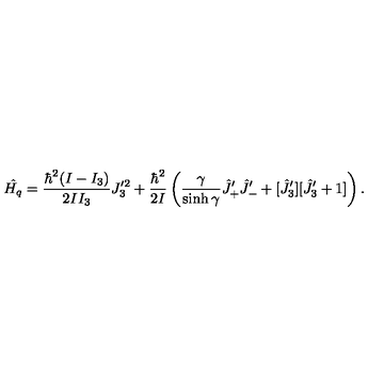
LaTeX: \hat { H _ { q } } = \frac { \hbar ^ { 2 } ( I - I _ { 3 } ) } { 2 I I _ { 3 } } J _ { 3 } ^ { \prime 2 } + \frac { \hbar ^ { 2 } } { 2 I } \left( \frac { \gamma } { \sinh \gamma } \hat { J } _ { + } ^ { \prime } \hat { J } _ { - } ^ { \prime } + [ \hat { J } _ { 3 } ^ { \prime } ] [ \hat { J } _ { 3 } ^ { \prime } + 1 ] \right) .